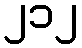
၂၁၂